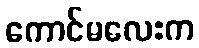
ကောင်မလေးက